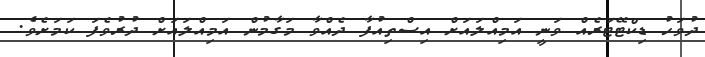
ދުވަހު ޑިކްޓޭޓަރެއް ވަނީ އަމިއްލައަށް އިސްތިއުފާ ދެއްވާ މަގާމުން އަމިއްލައަށް ދުރުވެފަ ކަމަށެވެ.